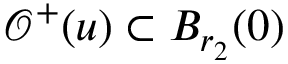
\mathcal { O } ^ { + } ( u ) \subset B _ { r _ { 2 } } ( 0 )